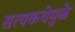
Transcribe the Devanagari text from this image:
सत्यकथेमुळे